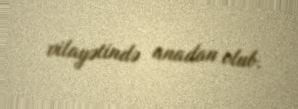
vilayətində anadan olub.